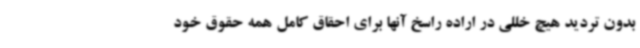
بدون تردید هیچ خللی در اراده راسخ آنها برای احقاق کامل همه‌ حقوق خود